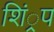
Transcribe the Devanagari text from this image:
शिं्रप